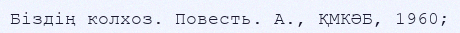
Біздің колхоз. Повесть. А., ҚМКӘБ, 1960;